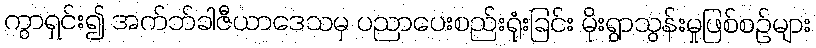
ကွာရှင်း၍ အက်ဘ်ခါဇီယာဒေသမှ ပညာပေးစည်းရုံးခြင်း မိုးရွာသွန်းမှုဖြစ်စဉ်များ